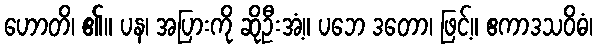
ဟောတိ၊ ၏။ ပန၊ အပြားကို ဆိုဦးအံ့။ ပဘေ ဒတော၊ ဖြင့်။ ဧကာဒသဝိဓံ၊